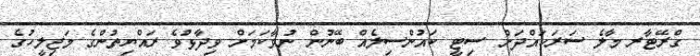
ގްރޭޓާރ މާލެ ސަރަހައްދަށް ސިޓީ ކައުންސިލެއް ބޭނުން ނުވާކަމަށް ވިދާޅުވެ ރައްޔިތުންގެ މަޖިލީހުގެ